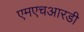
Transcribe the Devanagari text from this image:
एमएचआरडी